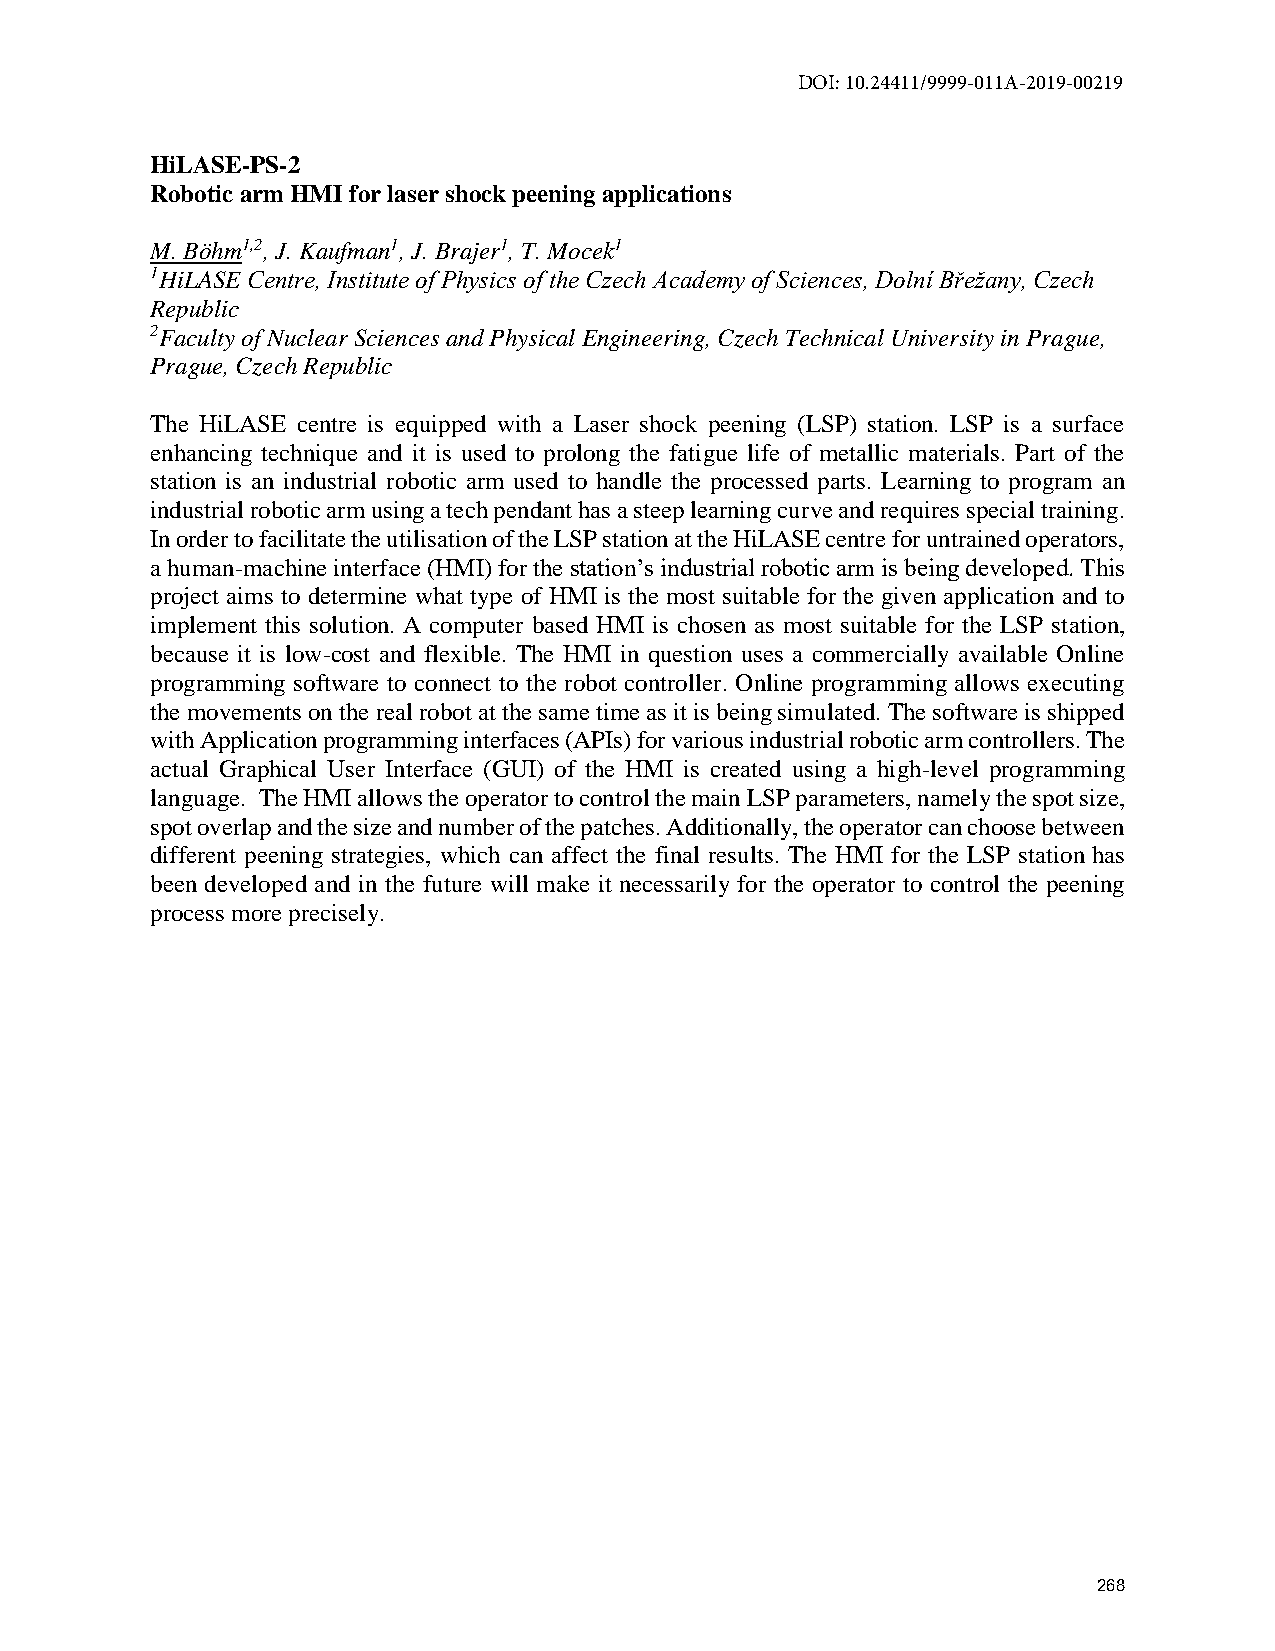
DOI: 10.24411/9999-011A-2019-00219
 HiLASE-PS-2
 Robotic arm HMI for laser shock peening applications
 M. Böhm1,2, J. Kaufman1, J. Brajer1, T. Mocek1
 1HiLASE Centre, Institute of Physics of the Czech Academy of Sciences, Dolní Břežany, Czech
 Republic
 2Faculty of Nuclear Sciences and Physical Engineering, Czech Technical University in Prague,
 Prague, Czech Republic
 The HiLASE centre is equipped with a Laser shock peening (LSP) station. LSP is a surface
 enhancing technique and it is used to prolong the fatigue life of metallic materials. Part of the
 station is an industrial robotic arm used to handle the processed parts. Learning to program an
 industrial robotic arm using a tech pendant has a steep learning curve and requires special training.
 In order to facilitate the utilisation of the LSP station at the HiLASE centre for untrained operators,
 a human-machine interface (HMI) for the station’s industrial robotic arm is being developed. This
 project aims to determine what type of HMI is the most suitable for the given application and to
 implement this solution. A computer based HMI is chosen as most suitable for the LSP station,
 because it is low-cost and flexible. The HMI in question uses a commercially available Online
 programming software to connect to the robot controller. Online programming allows executing
 the movements on the real robot at the same time as it is being simulated. The software is shipped
 with Application programming interfaces (APIs) for various industrial robotic arm controllers. The
 actual Graphical User Interface (GUI) of the HMI is created using a high-level programming
 language. The HMI allows the operator to control the main LSP parameters, namely the spot size,
 spot overlap and the size and number of the patches. Additionally, the operator can choose between
 different peening strategies, which can affect the final results. The HMI for the LSP station has
 been developed and in the future will make it necessarily for the operator to control the peening
 process more precisely.
 268